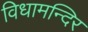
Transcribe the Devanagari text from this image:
विधामन्दिर